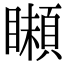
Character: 𩔠